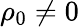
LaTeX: \rho_{0}\neq 0